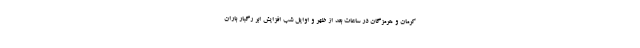
کرمان و هرمزگان در ساعات بعد از ظهر و اوایل شب افزایش ابر رگبار باران